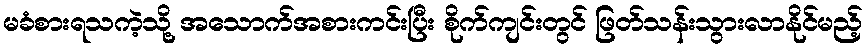
မခံစားရသကဲ့သို့ အသောက်အစားကင်းပြီး စိုက်ကျင်းတွင် ဖြတ်သန်းသွားလာနိုင်မည့်